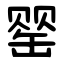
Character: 罂